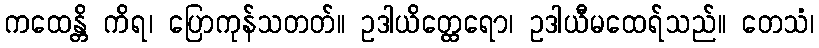
ကထေန္တိ ကိရ၊ ပြောကုန်သတတ်။ ဥဒါယိတ္ထေရော၊ ဥဒါယီမထေရ်သည်။ တေသံ၊